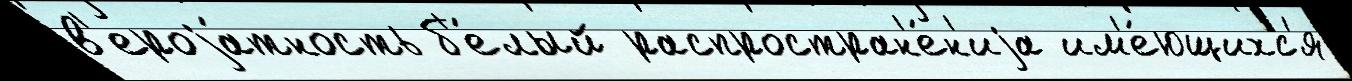
в'ероjа́тность б'е́лый распростран'е́н'иjа им'е́ющихс'я